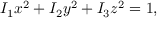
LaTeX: I _ { 1 } x ^ { 2 } + I _ { 2 } y ^ { 2 } + I _ { 3 } z ^ { 2 } = 1 ,